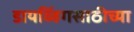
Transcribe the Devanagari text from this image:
डायव्हिंगसाठीच्या